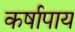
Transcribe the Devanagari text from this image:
कर्षापाय